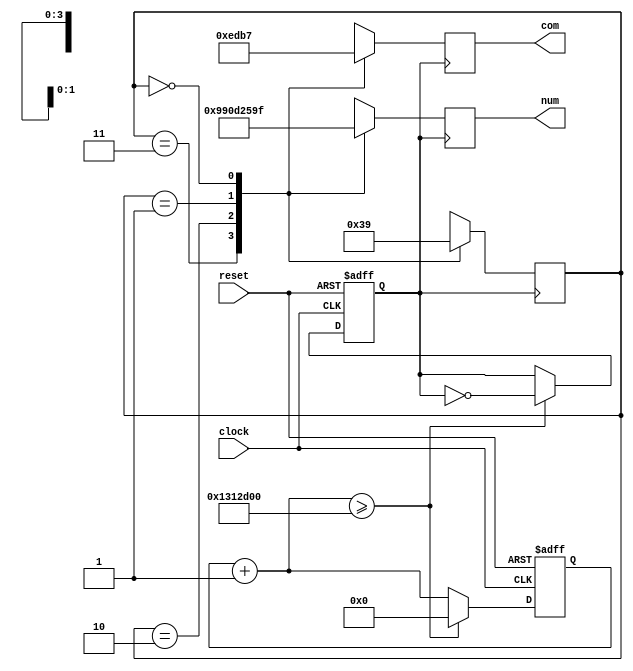
module show_number(clock,reset,num,com);

input clock,reset;
output [7:0] num;
output [3:0] com;

reg [7:0] num;
reg [3:0] com;
reg [1:0] index;

// 0111 thousands
// 1011 hundreds
// 1101 tens
// 1110 units
// 1111 all shut

reg freq;
reg [27:0] count;

always @ (negedge reset or posedge clock)
begin
if (!reset)
	begin
	count = 0;
	freq = 0;
	end
else
	begin
	count = count + 1;
	if (count >= 20000000)
		begin
		count = 0;
		freq = !freq;
		end
	end
end

always @ (posedge freq)
begin
   case(index)
		2'b11: begin com=4'b1110;num=8'b10011001;index=2'b00; end
		2'b10: begin com=4'b1101;num=8'b00001101;index=2'b11; end
		2'b01: begin com=4'b1011;num=8'b00100101;index=2'b10; end
		2'b00: begin com=4'b0111;num=8'b10011111;index=2'b01; end
		default: index=2'b00;
	endcase
end

endmodule